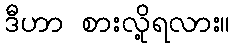
ဒီဟာ စားလို့ရလား။